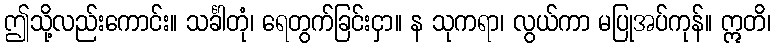
ဤသို့လည်းကောင်း။ သင်္ခါတုံ၊ ရေတွက်ခြင်းငှာ။ န သုကရာ၊ လွယ်ကာ မပြုအပ်ကုန်။ ဣတိ၊